Report of an investigation into the causes of the diseases known in Assam as Kála-Azár and Beri-Beri
Disease focus: Beri-Beri
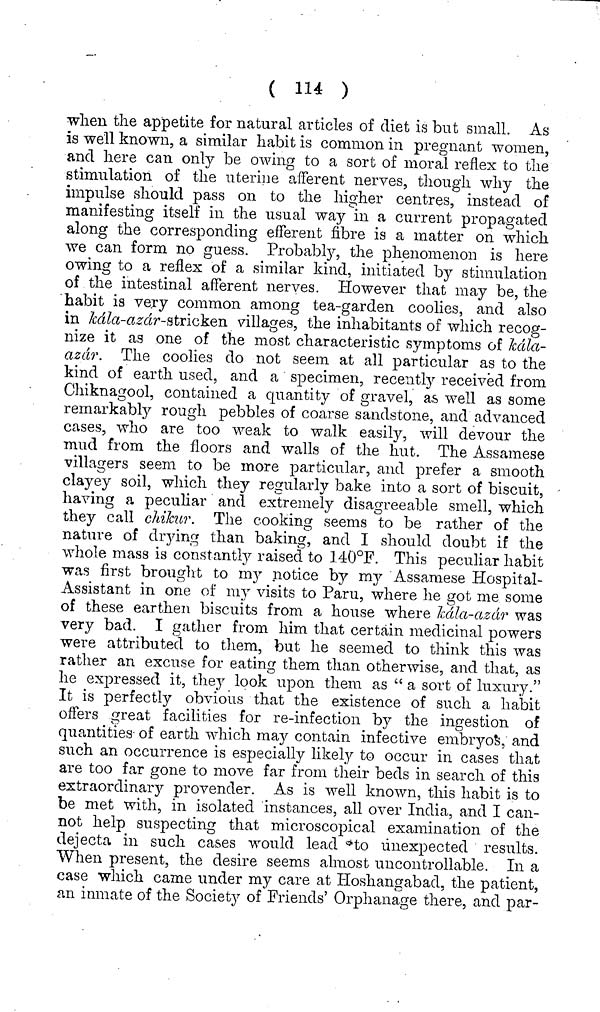
( 114 )
when the appetite for natural articles of diet is but small. As
is well known, a similar habit is common in pregnant women,
and here can only be owing to a sort of moral reflex to the
stimulation of the uterine afferent nerves, though why the
impulse should pass on to the higher centres, instead of
manifesting itself in the usual way in a current propagated
along the corresponding efferent fibre is a matter on which
we can form no guess. Probabty, the phenomenon is here
owing to a reflex of a similar kind, initiated by stimulation
of the intestinal afferent nerves. However that may be, the
habit is very common among tea-garden coolies, and also
in kdla-azdr-atrickQiL villages, the inhabitants of which recog-
nize it as one of the most characteristic symptoms of kdla-
azdr. The coolies do not seem at all particular as to the
kind of earth used, and a specimen, recently received from
Chiknagool, contained a quantity of gravel, as well as some
remarkably rough pebbles of coarse sandstone, and advanced
cases, who are too weak to walk easily, will devour the
mud from the floors and walls of the hut. The Assamese
villagers seem to be more particular, and prefer a smooth
clayey soil, which they regularly bake into a sort of biscuit,
having a peculiar and extremely disagreeable smell, which
they call chikur. The cooking seems to be rather of the
nature of drying than baking, and I should doubt if the
whole mass is constantly raised to 140°F. This peculiar habit
was first brought to my notice by my Assamese Hospital-
Assistant in one of my visits to Paru, where he got me some
of these earthen biscuits from a house where Jcdla-azdr was
very bad. I gather from him that certain medicinal powers
were attributed to them, but he seemed to think this was
rather an excuse for eating them than otherwise, and that, as
he expressed it, they look upon them as " a sort of luxury."
It is perfectly obvious that the existence of such a habit
offers great facilities for re-infection by the ingestion of
quantities of earth which may contain infective embryos, and
such an occurrence is especially likely to occur in cases that
are too far gone to move far from their beds in search of this
extraordinary provender. As is well known, this habit is to
be met with, in isolated instances, all over India, and I can-
not help suspecting that microscopical examination of the
dejecta in such cases would lead to unexpected results.
When present, the desire seems almost uncontrollable. In a
case which came under my care at Hoshangabad, the patient,
an inmate of the Society of Friends' Orphanage there, and par-